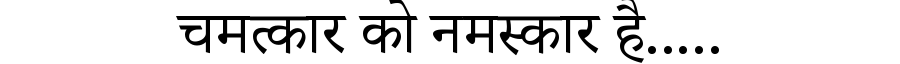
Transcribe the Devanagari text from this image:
चमत्कार को नमस्कार है.....